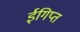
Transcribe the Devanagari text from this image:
ईगिप्त